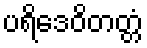
ပရိဒေဝိတတ္တံ